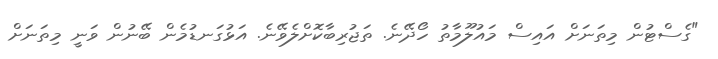
"ގެސްޓުން މިތަނަށް އައިސް މައުލޫމާތު ހޯދޭނެ. ތަޖުރިބާކޮށްލެވޭނެ. އަޅުގަނޑުމެން ބޭނުން ވަނީ މިތަނަށް